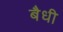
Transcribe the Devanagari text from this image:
बैधी